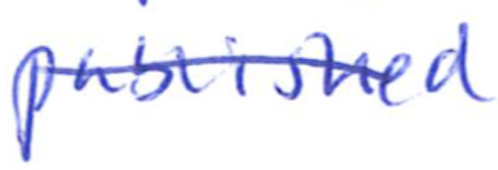
Text: published
Cross-out: single-line
Writing tool: ballpoint